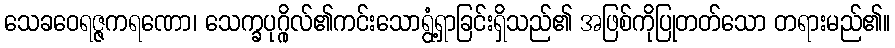
သေခဝေရဇ္ဇကရဏော၊ သေက္ခပုဂ္ဂိုလ်၏ကင်းသောရွံ့ရှာခြင်းရှိသည်၏ အဖြစ်ကိုပြုတတ်သော တရားမည်၏။